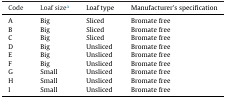
| Code | Loaf sizea | Loaf type | Manufacturer's specification |
 | --- | --- | --- | --- |
 | A | Big | Sliced | Bromate free |
 | B | Big | Sliced | Bromate free |
 | C | Big | Sliced | Bromate free |
 | D | Big | Unsliced | Bromate free |
 | E | Big | Unsliced | Bromate free |
 | F | Big | Unsliced | Bromate free |
 | G | Small | Unsliced | Bromate free |
 | H | Small | Unsliced | Bromate free |
 | I | Small | Unsliced | Bromate free |